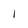
Character: I